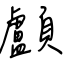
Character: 顱